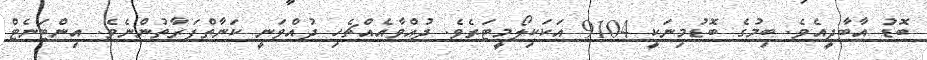
ބޮޑު އާބާދީއެވެ. ބިމުގެ ބޮޑުމިނަކީ 9104 އަކަކިލޯމީޓަރެވެ. ދުއްވާއެއްޗެހި ދުއްވަނީ ކަނާތްފަރާތުންނެވެ. އިންޓަނެޓް